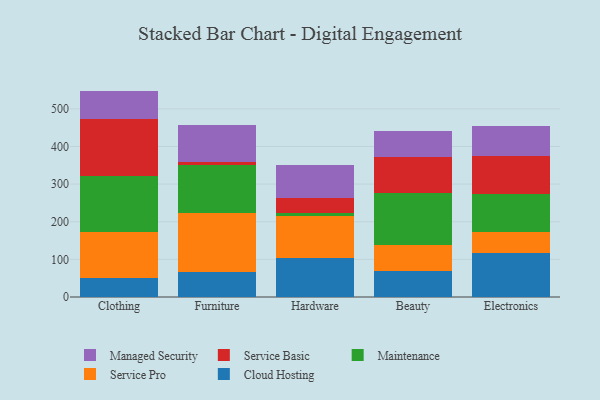
{"axis": {"x": "Category", "y": "Tickets Resolved"}, "legend": ["Cloud Hosting", "Maintenance", "Managed Security", "Service Basic", "Service Pro"], "data": [{"x": "Clothing", "y": 51.8, "type": "Cloud Hosting"}, {"x": "Clothing", "y": 122.2, "type": "Service Pro"}, {"x": "Clothing", "y": 146.5, "type": "Maintenance"}, {"x": "Clothing", "y": 152.2, "type": "Service Basic"}, {"x": "Clothing", "y": 75.2, "type": "Managed Security"}, {"x": "Furniture", "y": 67.7, "type": "Cloud Hosting"}, {"x": "Furniture", "y": 155.8, "type": "Service Pro"}, {"x": "Furniture", "y": 126.4, "type": "Maintenance"}, {"x": "Furniture", "y": 9.2, "type": "Service Basic"}, {"x": "Furniture", "y": 97.1, "type": "Managed Security"}, {"x": "Hardware", "y": 103.6, "type": "Cloud Hosting"}, {"x": "Hardware", "y": 112.7, "type": "Service Pro"}, {"x": "Hardware", "y": 8.0, "type": "Maintenance"}, {"x": "Hardware", "y": 37.7, "type": "Service Basic"}, {"x": "Hardware", "y": 88.3, "type": "Managed Security"}, {"x": "Beauty", "y": 69.7, "type": "Cloud Hosting"}, {"x": "Beauty", "y": 68.4, "type": "Service Pro"}, {"x": "Beauty", "y": 138.4, "type": "Maintenance"}, {"x": "Beauty", "y": 95.8, "type": "Service Basic"}, {"x": "Beauty", "y": 68.8, "type": "Managed Security"}, {"x": "Electronics", "y": 117.4, "type": "Cloud Hosting"}, {"x": "Electronics", "y": 54.3, "type": "Service Pro"}, {"x": "Electronics", "y": 101.9, "type": "Maintenance"}, {"x": "Electronics", "y": 101.4, "type": "Service Basic"}, {"x": "Electronics", "y": 80.8, "type": "Managed Security"}]}